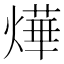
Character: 燁